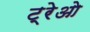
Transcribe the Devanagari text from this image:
ट्रेओ